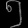
Digit: ၅